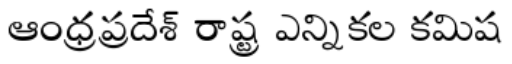
ఆంధ్రప్రదేశ్ రాష్ట్ర ఎన్నికల కమిష